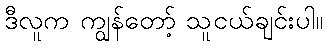
ဒီလူက ကျွန်တော့် သူငယ်ချင်းပါ။